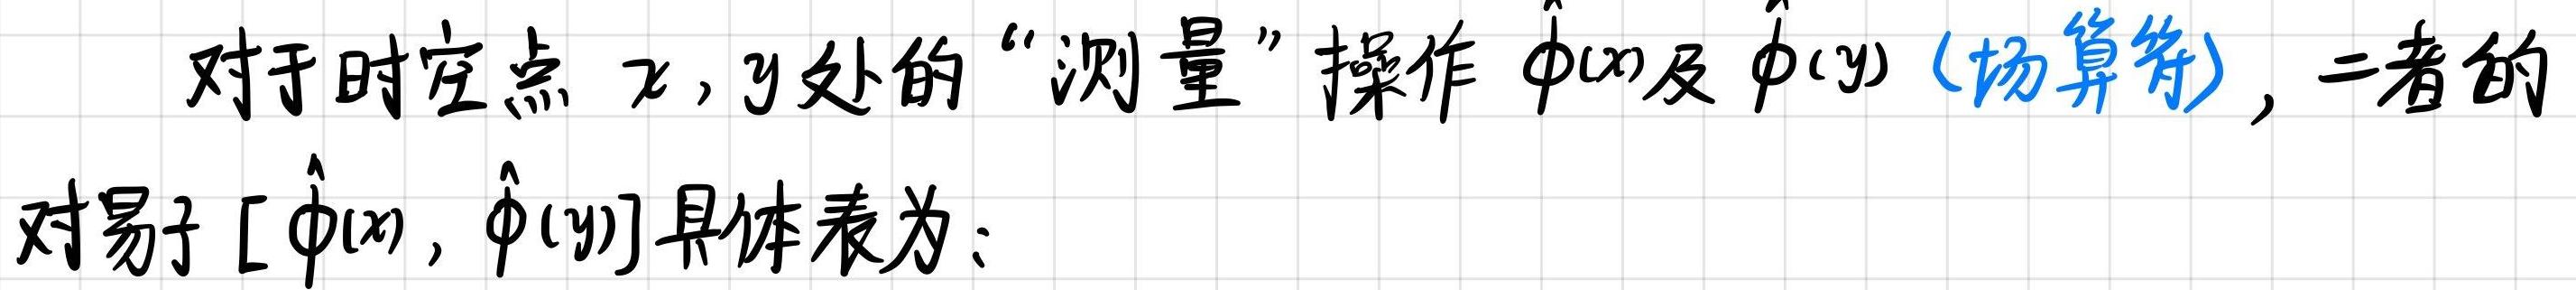
对于时空点 $x,y$ 处的 “测量” 操作 $\hat{\phi}(x)$ 及 $\hat{\phi}(y)$ (场算符)，二者的对易子 $[\hat{\phi}(x), \hat{\phi}(y)]$ 具体表为：